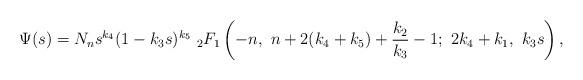
LaTeX: \begin{align*}\Psi(s)=N_ns^{k_4}(1-k_3s)^{k_5}\ _2F_1\left(-n,\ n+2(k_4+k_5)+\frac{k_2}{k_3}-1;\ 2k_4+k_1,\ k_3s\right),\end{align*}